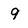
Character: 9